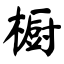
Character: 橱